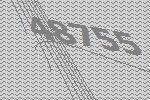
48755